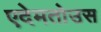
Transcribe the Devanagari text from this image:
एदेमतोउस